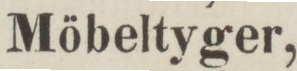
Möbeltyger,